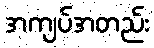
အကျပ်အတည်း